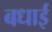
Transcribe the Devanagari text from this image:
बधाईं